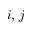
i , \, j